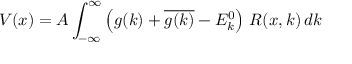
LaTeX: V ( x ) = A \int _ { - \infty } ^ { \infty } \left( g ( k ) + { \overline { { g ( k ) } } } - E _ { k } ^ { 0 } \right) \, R ( x , k ) \, d k